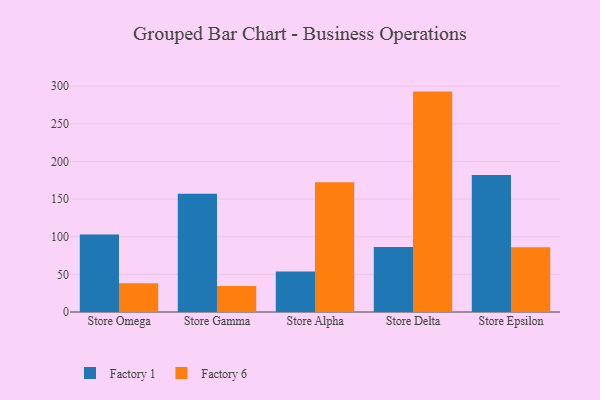
{"axis": {"x": "Store", "y": "Budget (USD K)"}, "legend": ["Factory 1", "Factory 6"], "data": [{"x": "Store Omega", "y": 103.0, "type": "Factory 1"}, {"x": "Store Omega", "y": 38.3, "type": "Factory 6"}, {"x": "Store Gamma", "y": 157.1, "type": "Factory 1"}, {"x": "Store Gamma", "y": 34.6, "type": "Factory 6"}, {"x": "Store Alpha", "y": 53.8, "type": "Factory 1"}, {"x": "Store Alpha", "y": 172.4, "type": "Factory 6"}, {"x": "Store Delta", "y": 86.5, "type": "Factory 1"}, {"x": "Store Delta", "y": 292.8, "type": "Factory 6"}, {"x": "Store Epsilon", "y": 182.0, "type": "Factory 1"}, {"x": "Store Epsilon", "y": 86.0, "type": "Factory 6"}]}